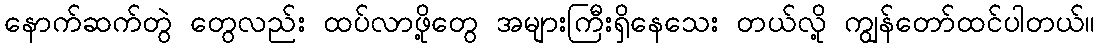
နောက်ဆက်တွဲ တွေလည်း ထပ်လာဖို့တွေ အများကြီးရှိနေသေး တယ်လို့ ကျွန်တော်ထင်ပါတယ်။